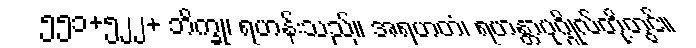
၅၅၁+၅၂၂+ ဘိက္ခု၊ ရဟန်းသည်။ အရဟတံ၊ ရဟန္တာပုဂ္ဂိုလ်တို့တွင်။